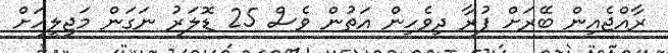
ރާއްޖެއިން ބޭރަށް ފުރާ ދިވެހިން އަތުން ވެސް 25 ޑޮލަރު ނަގަން މަޖިލީހަށް